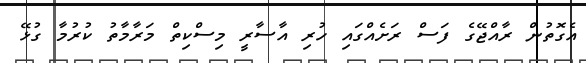
އެގޮތުން ރާއްޖޭގެ ފަސް ރަށެއްގައި ހުރި އާސާރީ މިސްކިތް މަރާމާތު ކުރުމާ ގުޅޭ